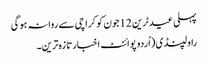
پہلی عید ٹرین 12جون کو کراچی سے روانہ ہوگی
راولپنڈی (اُردو پوائنٹ اخبارتازہ ترین۔